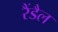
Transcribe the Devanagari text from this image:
रैंडैल